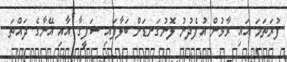
ފުރަތަމަ އައި ރާޅުން އުފެދުނު ލޮނުގަނޑަށް ބަލާފައި ޝަފީގާ އާއި އޭނާގެ ދައްތަ